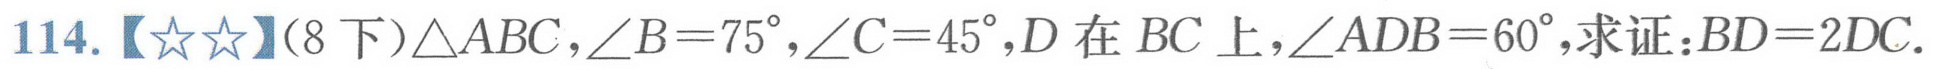
114.【\(☆☆\)】(8下)\(\triangle ABC\)，\(\angle B = 75^{\circ}\)，\(\angle C = 45^{\circ}\)，\(D\)在\(BC\)上，\(\angle ADB = 60^{\circ}\)，求证：\(BD = 2DC\).